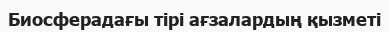
Биосферадағы тірі ағзалардың қызметі